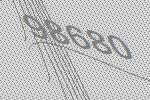
98680